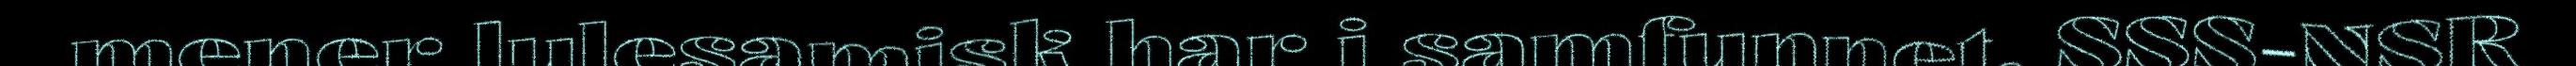
mener lulesamisk har i samfunnet. SSS-NSR